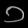
Digit: ၁